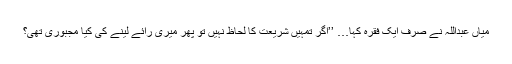
میاں عبداللہ نے صرف ایک فقرہ کہا… ’’اگر تمہیں شریعت کا لحاظ نہیں تو پھر میری رائے لینے کی کیا مجبوری تھی؟